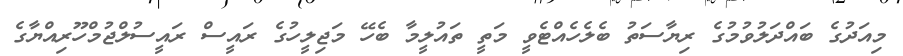
މިއަދުގެ ބައްދަލުވުމުގެ ރިޔާސަތު ބެލެހެއްޓެވީ މަތީ ތައުލީމާ ބެހޭ މަޖިލީހުގެ ރައީސް ރައީސުލްޖުމްހޫރިއްޔާގެ